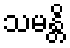
သမန္တိ